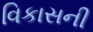
વિકાસની